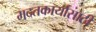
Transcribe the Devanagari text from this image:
मदतकार्यासाठी